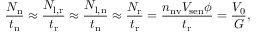
\frac { N _ { \mathrm { n } } } { t _ { \mathrm { n } } } \approx \frac { N _ { \mathrm { l , r } } } { t _ { \mathrm { r } } } \approx \frac { N _ { \mathrm { l , n } } } { t _ { \mathrm { n } } } \approx \frac { N _ { \mathrm { r } } } { t _ { \mathrm { r } } } = \frac { n _ { \mathrm { n v } } V _ { \mathrm { s e n } } \phi } { t _ { \mathrm { r } } } = \frac { V _ { 0 } } { G } ,